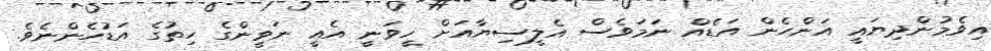
އިވެމުންދިޔައީ އަންހެން އަޑެއް ނަމަވެސް އެލީސިޔާއަށް ހީވަނީ އެއީ ނަވީންގެ ހިތުގެ އަޑުހެންނެވެ.